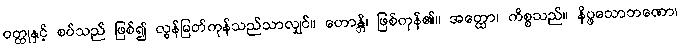
ဝတ္ထုနှင့် စပ်သည် ဖြစ်၍ လွန်မြတ်ကုန်သည်သာလျှင်။ ဟောန္တိ၊ ဖြစ်ကုန်၏။ အတ္ထော၊ ကိစ္စသည်။ နိပ္ဖသောဘဏော၊